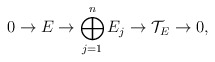
\begin{align*}0 \rightarrow E \rightarrow \bigoplus_{j=1}^n E_j \rightarrow \mathcal{T}_E \rightarrow 0,\end{align*}